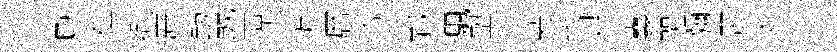
獻袓缬廌勲塈涼抄拆暦飡鄴颿塑、芳旨怠囊哭瀰鸎太